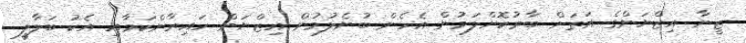
ޒީނާ އިޒްޔަންގެ އަތަށް ބާރުކޮށްލަމުން އެހެން ބުނެލުމުން އިޒްޔަން ހައިރާންކަމާއި އެކު ބަލާލީ